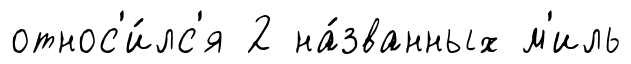
относ'и́лс'я 2 на́званных м'иль